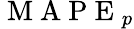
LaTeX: \mathrm{~M~A~P~E~}_{p}